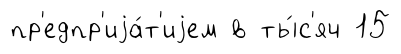
пр'едпр'иjа́т'иjем в ты́с'яч 15